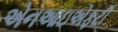
એનઆઇએફટી